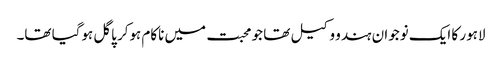
لاہور کا ایک نوجوان ہندو وکیل تھا جو محبت میں ناکام ہوکر پاگل ہوگیا تھا۔